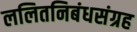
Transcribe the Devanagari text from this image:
ललितनिबंधसंग्रह